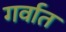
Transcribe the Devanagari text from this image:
गर्वात